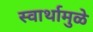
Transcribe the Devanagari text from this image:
स्वार्थामुळे